Scottish Leaving Certificate Examination, 1955
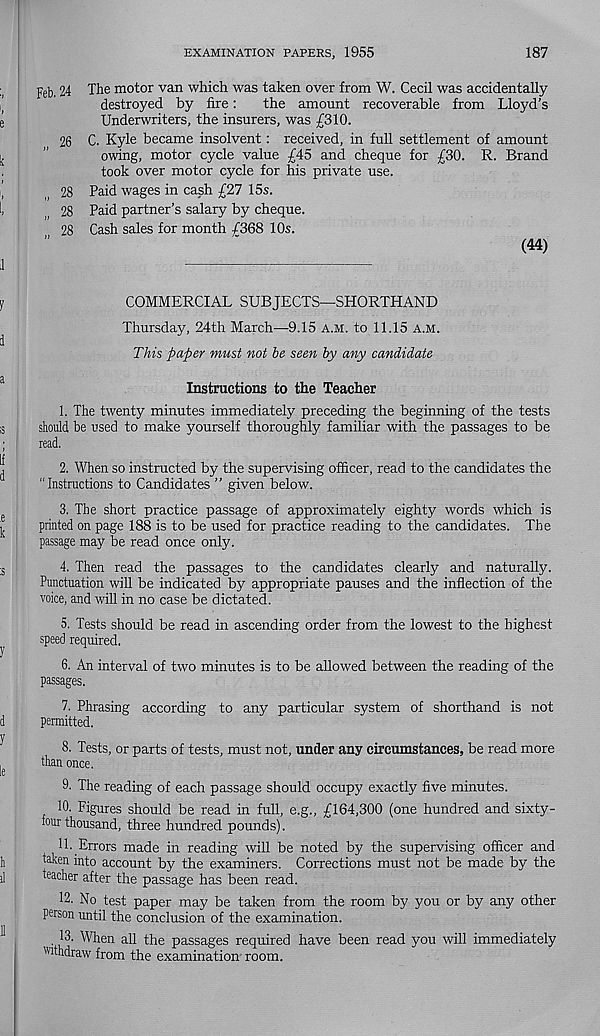
EXAMINATION PAPERS, 1955
187
Pel), 24 The motor van which was taken over from W. Cecil was accidentally
destroyed by fire:
the amount recoverable from Lloyd’s
Underwriters, the insurers, was £310.
26 C. Kyle became insolvent: received, in full settlement of amount
owing, motor cycle value £45 and cheque for £30. R. Brand
took over motor cycle for his private use.
28 Paid wages in cash £27 15s.
28 Paid partner’s salary by cheque.
28 Cash sales for month {368 10s.
(44)
COMMERCIAL SUBJECTS—SHORTHAND
Thursday, 24th March—9.15 a.m. to 11.15 a.m.
This paper must not he seen by any candidate
Instructions to the Teacher
1. The twenty minutes immediately preceding the beginning of the tests
should be used to make yourself thoroughly familiar with the passages to be
read.
2. When so instructed by the supervising officer, read to the candidates the
“ Instructions to Candidates ” given below.
3. The short practice passage of approximately eighty words which is
printed on page 188 is to be used for practice reading to the candidates. The
passage may be read once only.
4. Then read the passages to the candidates clearly and naturally.
Punctuation will be indicated by appropriate pauses and the inflection of the
voice, and will in no case be dictated.
5. Tests should be read in ascending order from the lowest to the highest
speed required.
6. An interval of two minutes is to be allowed between the reading of the
passages.
7. Phrasing according to any particular system of shorthand is not
permitted.
8. Tests, or parts of tests, must not, under any circumstances, be read more
than once.
9. The reading of each passage should occupy exactly five minutes.
10. Figures should be read in full, e.g., £164,300 (one hundred and sixty-
four thousand, three hundred pounds).
11. Errors made in reading will be noted by the supervising officer and
taken into account by the examiners. Corrections must not be made by the
teacher after the passage has been read.
12. No test paper may be taken from the room by you or by any other
person until the conclusion of the examination.
. fT When all the passages required have been read you will immediately
withdraw from the examination room.